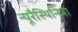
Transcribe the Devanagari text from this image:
न्यूरैस्थिनिया